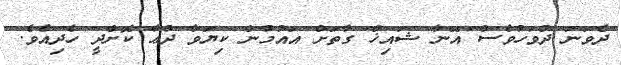
ދެވަނަ ދުވަހުވެސް އޭނާ ޝައިޚް ގާތަށް އައުމުން ކިޔަވާ ދުޢާ ކޮށްދީ ހެދިއެވެ.